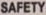
SAFETY